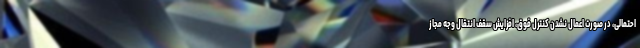
احتمالی، در صورت اعمال نشدن کنترل فوق، افزایش سقف انتقال وجه مجاز